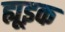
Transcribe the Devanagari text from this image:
ह्यूइक